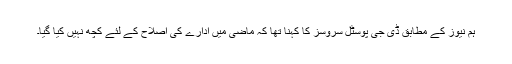
ہم نیوز کے مطابق ڈی جی پوسٹل سروسز کا کہنا تھا کہ ماضی میں ادارے کی اصلاح کے لئے کچھ نہیں کیا گیا۔